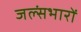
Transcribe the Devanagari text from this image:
जल्संभारों